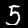
Digit: 5